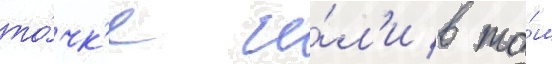
то́чк'е и́л'и в то́м